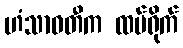
ဟံသာဝတီက ထပ်ရိုက်